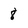
Character: 8